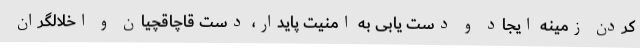
کردن زمینه ایجاد و دست یابی به امنیت پایدار، دست قاچاقچیان و اخلالگران